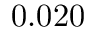
0 . 0 2 0